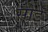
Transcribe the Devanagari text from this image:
सोईं